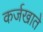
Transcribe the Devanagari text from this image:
कर्जखाते